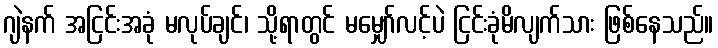
ဂျဲနက် အငြင်းအခုံ မလုပ်ချင်၊ သို့ရာတွင် မမျှော်လင့်ပဲ ငြင်းခုံမိလျက်သား ဖြစ်နေသည်။